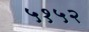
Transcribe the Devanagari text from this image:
५१५२